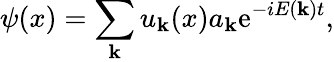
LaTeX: \psi(x)=\sum_{\mathbf{k}}u_{\mathbf{k}}(x)a_{\mathbf{k}}\mathrm{e}^{-iE(\mathbf{k})t},